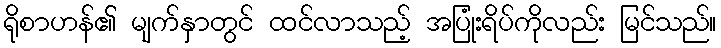
ရိုစာဟန်၏ မျက်နှာတွင် ထင်လာသည့် အပြုံးရိပ်ကိုလည်း မြင်သည်။